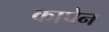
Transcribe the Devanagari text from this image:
कापेन